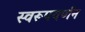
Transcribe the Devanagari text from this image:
स्वरूपवर्णन